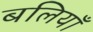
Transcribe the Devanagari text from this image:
बलियाँ